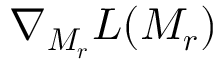
\nabla _ { \boldsymbol { M _ { r } } } L ( \boldsymbol { M _ { r } } )